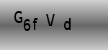
Text: G6fVd